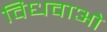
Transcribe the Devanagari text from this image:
विधवाओ